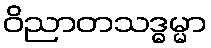
ဝိညာတသဒ္ဓမ္မာ